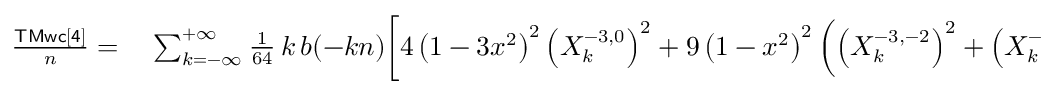
\small \begin{array} { r l } { \frac { \sf T M w c [ 4 ] } { n } = } & { { } \sum _ { k = - \infty } ^ { + \infty } \frac { 1 } { 6 4 } \, k \, b ( - k n ) \bigg [ 4 \left( 1 - 3 x ^ { 2 } \right) ^ { 2 } \left( X _ { k } ^ { - 3 , 0 } \right) ^ { 2 } + 9 \left( 1 - x ^ { 2 } \right) ^ { 2 } \left( \left( X _ { k } ^ { - 3 , - 2 } \right) ^ { 2 } + \left( X _ { k } ^ { - 3 , 2 } \right) ^ { 2 } \right) \bigg ] } \end{array}